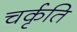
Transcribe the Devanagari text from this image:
चर्कृति